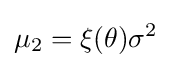
\mu _{2}=\xi {\left(\theta \right)}\sigma ^{2}